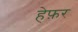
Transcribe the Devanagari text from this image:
हेफ़र